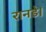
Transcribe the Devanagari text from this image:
रानडे।